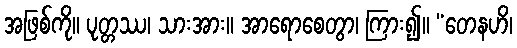
အဖြစ်ကို။ ပုတ္တဿ၊ သားအား။ အာရောစေတွာ၊ ကြား၍။ “တေနဟိ၊